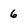
Character: 6